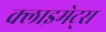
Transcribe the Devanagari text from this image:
क्लाइमेट्स